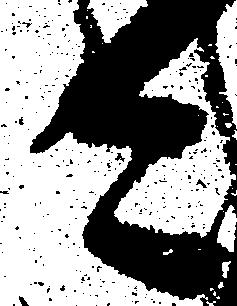
今